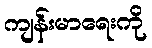
ကျန်းမာရေးကို